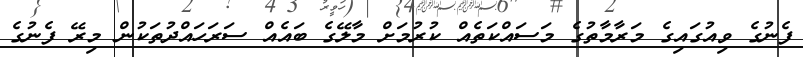
ފެނުގެ ވިއުގައިގެ މަރާމާތުގެ މަސައްކަތެއް ކުރުމަށް މާލޭގެ ބައެއް ސަރަހައްދުތަކުން މިރޭ ފެނުގެ